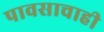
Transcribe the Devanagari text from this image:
पावसाचाही